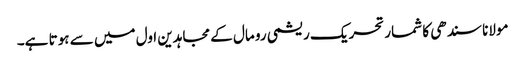
مولانا سندھی کا شمار تحریک ریشمی رو مال کے مجاہدین اول میں سے ہوتا ہے۔